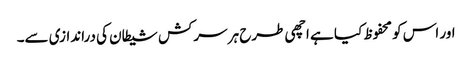
اور اس کو محفوظ کیا ہے اچھی طرح ہر سرکش شیطان کی دراندازی سے۔